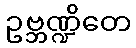
ဥဗ္ဘဏ္ဍိတေ